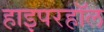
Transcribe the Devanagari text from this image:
हाइपरहॉल